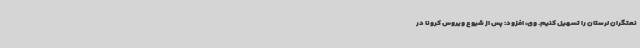
نعتگران لرستان را تسهیل کنیم. وی، افزود: پس از شیوع ویروس کرونا در